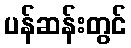
ပန်ဆန်းတွင်